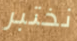
نختبر